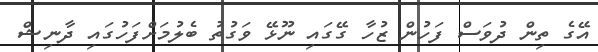
އޭގެ ތިން ދުވަސް ފަހުން ޒުހާ ގޭގައި ނޫޅޭ ވަގުތު ބެލުމަށްފަހުގައި ދާނިޝް